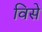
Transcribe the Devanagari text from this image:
विसे